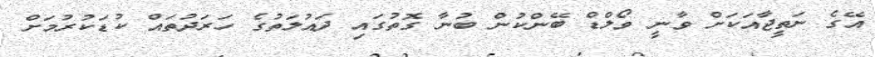
އޭގެ ނަތީޖާއަކަށް ވާނީ ވޯލްޑް ބޭންކުން ބުނާ ގޮތުގައި ދައުލަތުގެ ހަރަދުތައް ކުޑަކުރުމަށް